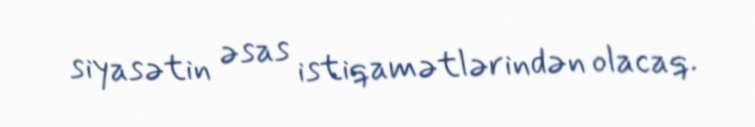
siyasətin əsas istiqamətlərindən olacaq.